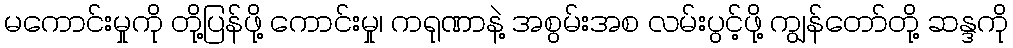
မကောင်းမှုကို တို့ပြန်ဖို့ ကောင်းမှု၊ ကရုဏာနဲ့ အစွမ်းအစ လမ်းပွင့်ဖို့ ကျွန်တော်တို့ ဆန္ဒကို